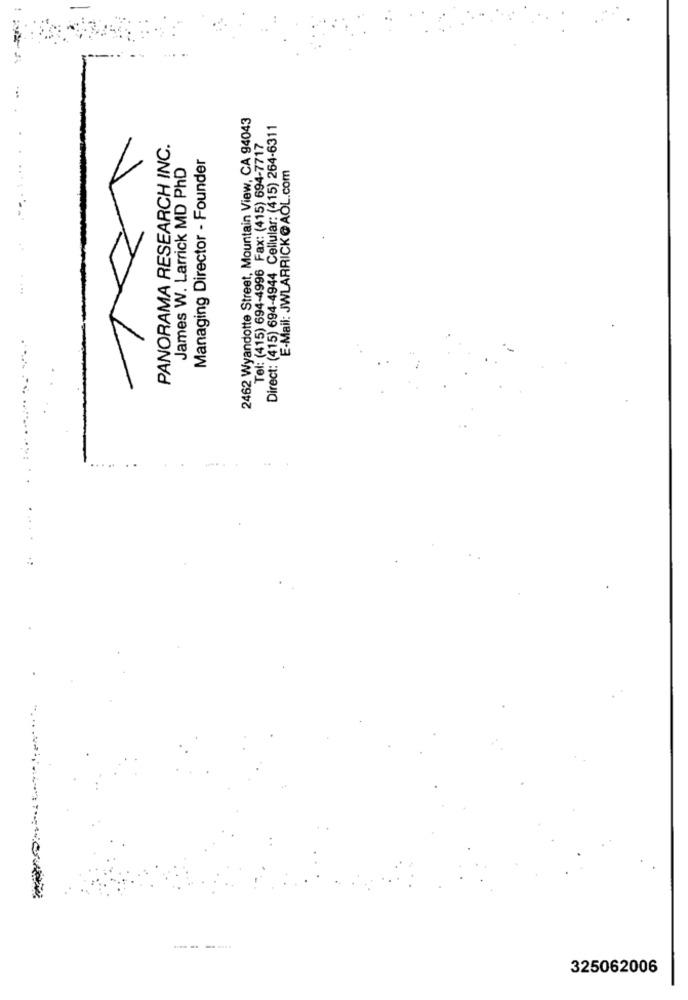
2462 Wyandotte Street, Mountain View, CA 94043
Direct: (415) 694-4944 Cellular: (415) 264-6311
PANORAMA RESEARCH INC.
Tel: (415) 694-4996 Fax: (415) 694-7717
Managing Director - Founder
E-Mail: JWLARRICK@AOL.com
James W. Larrick MD PhD
.
---
325062006